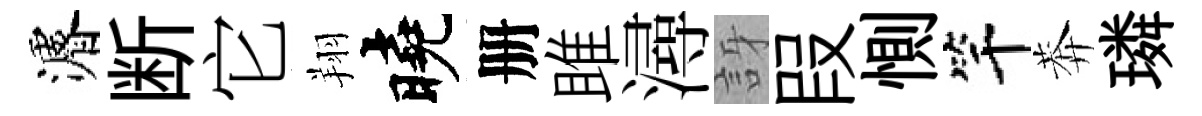
濬断它翔曉册雎潯訝叚惻竿莾璘